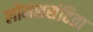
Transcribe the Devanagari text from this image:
लोमशसंहिता